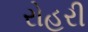
રોહરી